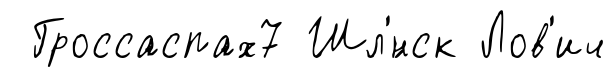
Гроссаспах7 Шл'́нск Лов'ич